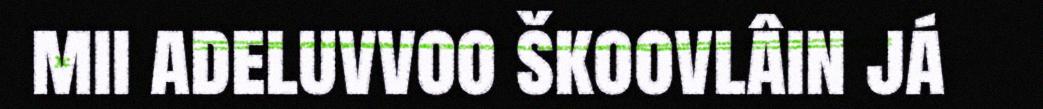
mii adeluvvoo škoovlâin já